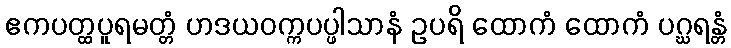
ဧကပတ္ထပူရမတ္တံ ဟဒယဝက္ကပပ္ဖါသာနံ ဥပရိ ထောကံ ထောကံ ပဂ္ဃရန္တံ